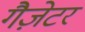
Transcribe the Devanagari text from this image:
गैज़ेटर